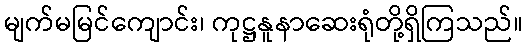
မျက်မမြင်ကျောင်း၊ ကုဋ္ဌနူနာဆေးရုံတို့ရှိကြသည်။